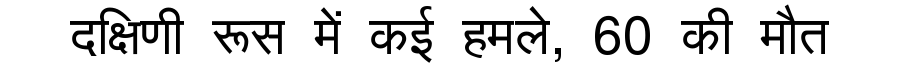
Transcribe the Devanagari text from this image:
दक्षिणी रूस में कई हमले, 60 की मौत